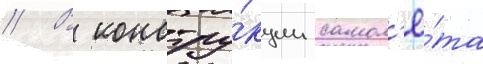
// В констру́кции самол'ё́та